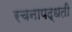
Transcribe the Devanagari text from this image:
रचनापद्धती